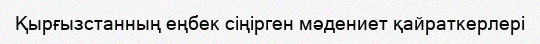
Қырғызстанның еңбек сіңірген мәдениет қайраткерлері